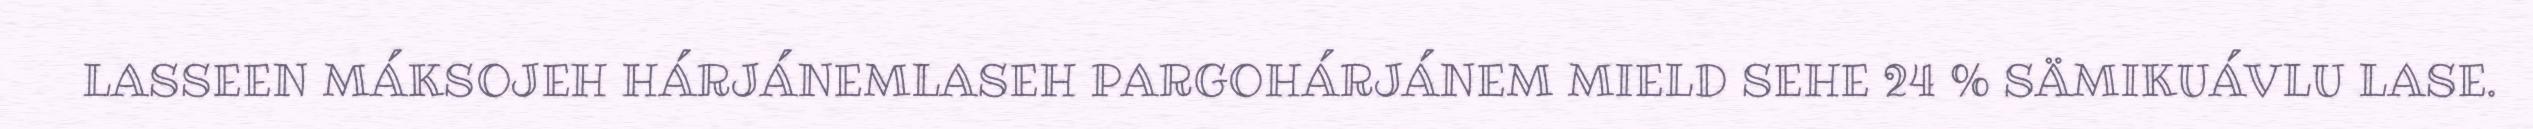
LASSEEN MÁKSOJEH HÁRJÁNEMLASEH PARGOHÁRJÁNEM MIELD SEHE 24 % SÄMIKUÁVLU LASE.